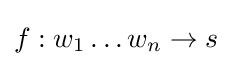
f:w_{1}\dots w_{n}\to s